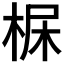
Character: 𣒺